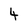
Character: 4